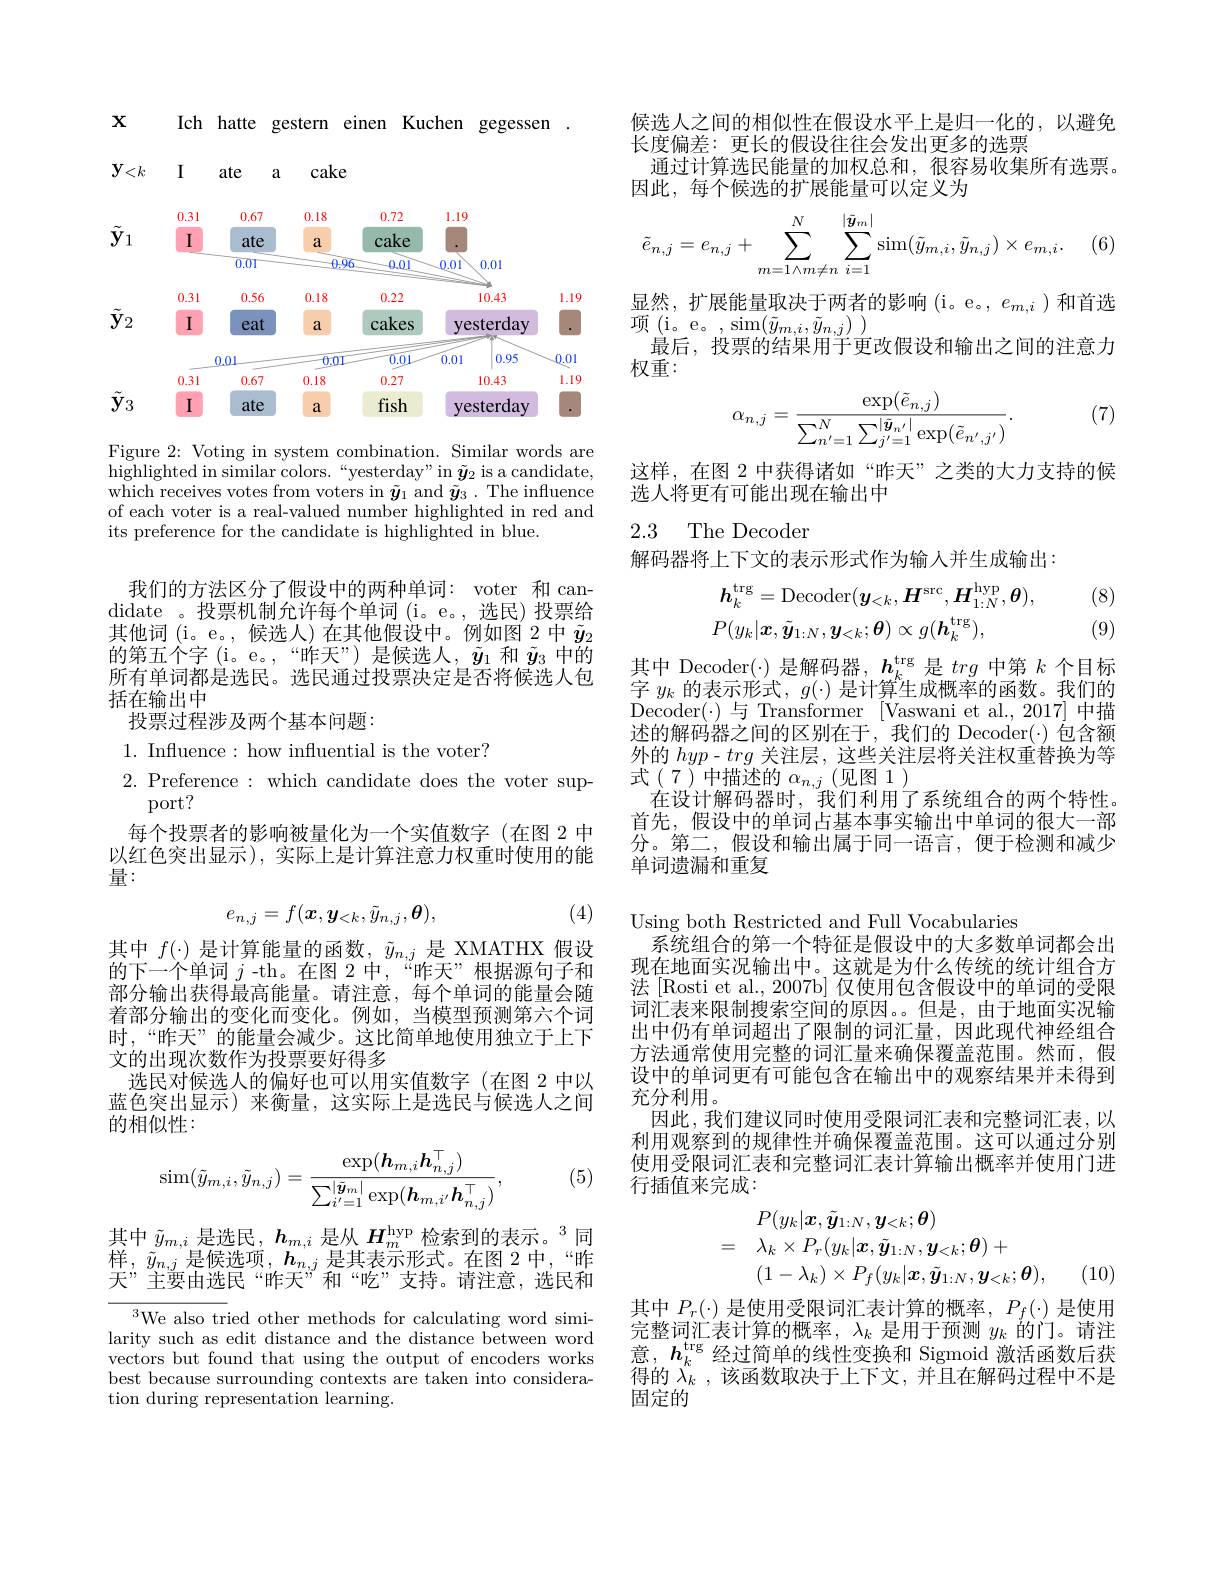
$X$
Ich hatte gestern einen Kuchen gegessen
<FigureHere>

Figure 2: Voting in system combination. Similar words are $\underset{{\mathrm{highlighted~in~similar~colors.~“yesterday"~in~}}}\tilde{\boldsymbol{y}}_{2}$ is a candidate, which receives votes from voters in $\tilde{\boldsymbol{y}}_1$ and $\tilde{\boldsymbol{y}}_3.$ The influence of each voter is a real-valued number highlighted in red and its preference for the candidate is highlighted in blue.

我们的方法区分了假设中的两种单词：voter 和 candidate 。投票机制允许每个单词(i。e。,选民)投票给其他词(i。e。,候选人)在其他假设中。例如图 2中$\tilde{y}_{2}$ 的第五个字 (i。e。,“昨天”)是候选人，$\tilde{y}_1$和$\tilde{y}_3$中的所有单词都是选民。选民通过投票决定是否将候选人包括在输出中
投票过程涉及两个基本问题：

1. Influence: how influential is the voter?

2. Preference: which candidate does the voter sup-
port?
每个投票者的影响被量化为一个实值数字(在图 2 中以红色突出显示),实际上是计算注意力权重时使用的能量：
$$e_{n,j}=f(\boldsymbol{x},\boldsymbol{y}_{<k},\tilde{y}_{n,j},\boldsymbol{\theta}),$$
(4)

其中$f(\cdot)$是计算能量的函数，$\tilde{y}_{n,j}$是 XMATHX 假设的下一个单词$j$ -th。在图 2中，“昨天”根据源句子和部分输出获得最高能量。请注意，每个单词的能量会随着部分输出的变化而变化。例如，当模型预测第六个词时，“昨天”的能量会减少。这比简单地使用独立于上下文的出现次数作为投票要好得多
选民对候选人的偏好也可以用实值数字(在图 2 中以蓝色突出显示)来衡量，这实际上是选民与候选人之间的相似性：

(5)
$$\operatorname{sim}(\tilde{y}_{m,i},\tilde{y}_{n,j})=\frac{\exp(\boldsymbol{h}_{m,i}\boldsymbol{h}_{n,j}^{\top})}{\sum_{{i'=1}}^{{|\tilde{\boldsymbol{y}}_{m}|}}\exp(\boldsymbol{h}_{m,i'}\boldsymbol{h}_{n,j}^{\top})},$$
其中$\tilde{y}_{m,i}$是选民$,\boldsymbol h_m,i$是从$\boldsymbol H_m^\mathrm{hyp}$检索到的表示。$^3$同样，$\tilde{y}_{n,j}$是候选项$,\boldsymbol h_n,j$是其表示形式。在图 2中，“昨天”主要由选民“昨天”和“吃”支持。请注意，选民和

$^{3}$We also tried other methods for calculating word similarity such as edit distance and the distance between word vectors but found that using the output of encoders works best because surrounding contexts are taken into consideration during representation learning.

候选人之间的相似性在假设水平上是归一化的，以避免
长度偏差：更长的假设往往会发出更多的选票
通过计算选民能量的加权总和，很容易收集所有选票。
因此，每个候选的扩展能量可以定义为
$$\tilde{e}_{n,j}=e_{n,j}+\sum_{m=1\wedge m\neq n}^{N}\sum_{i=1}^{|\tilde{y}_{m}|}\operatorname{sim}(\tilde{y}_{m,i},\tilde{y}_{n,j})\times e_{m,i}.$$
(6)

显然，扩展能量取决于两者的影响(i。e。,$e_m,i$)和首选
项(i。e。,sim$(\tilde{y}_{m,i},\tilde{y}_{n,j}))$
最后，投票的结果用于更改假设和输出之间的注意力
权重：
$$\alpha_{n,j}=\frac{\exp(\tilde{e}_{n,j})}{\sum_{{n'=1}}^{N}\sum_{{j'=1}}^{{|\tilde{y}_{n'}|}}\exp(\tilde{e}_{{n',j'}})}.$$
(7)

这样，在图 2 中获得诸如“昨天”之类的大力支持的候
选人将更有可能出现在输出中

## 2.3 The Decoden

解码器将上下文的表示形式作为输人并生成输出：
$$\begin{aligned}&h_{k}^{\mathrm{trg}}=\mathrm{Decoder}(\boldsymbol{y}_{<k},\boldsymbol{H}^{\mathrm{src}},\boldsymbol{H}_{1:N}^{\mathrm{hyp}},\boldsymbol{\theta}),\\&P(y_{k}|\boldsymbol{x},\tilde{\boldsymbol{y}}_{1:N},\boldsymbol{y}_{<k};\boldsymbol{\theta})\propto g(\boldsymbol{h}_{k}^{\mathrm{trg}}),\end{aligned}$$
(8)

其中 Decoder(·) 是解码器，$\boldsymbol{h}_k^\mathrm{trg}$是trg中第$k$个目标字$y_k$的表示形式，$g(\cdot)$是计算生成概率的函数。我们的Decoder($\cdot)与 Transformer [Vaswani et al.,2017] 中描$ 述的解码器之间的区别在于，我们的 Decoder(·)包含额外的$hyp-trg$关注层，这些关注层将关注权重替换为等式(7)中描述的$\alpha_n,j$(见图1)
在设计解码器时，我们利用了系统组合的两个特性。首先，假设中的单词占基本事实输出中单词的很大一部分。第二，假设和输出属于同一语言，便于检测和减少单词遗漏和重复

(9)
Using both Restricted and Full Vocabularies
系统组合的第一个特征是假设中的大多数单词都会出现在地面实况输出中。这就是为什么传统的统计组合方法 [Rosti et al., 2007b] 仅使用包含假设中的单词的受限词汇表来限制搜索空间的原因。但是，由于地面实况输出中仍有单词超出了限制的词汇量，因此现代神经组合方法通常使用完整的词汇量来确保覆盖范围。然而，假设中的单词更有可能包含在输出中的观察结果并未得到充分利用。
因此，我们建议同时使用受限词汇表和完整词汇表，以利用观察到的规律性并确保覆盖范围。这可以通过分别使用受限词汇表和完整词汇表计算输出概率并使用门进行插值来完成3
$$\begin{aligned}&P(y_{k}|\boldsymbol{x},\tilde{\boldsymbol{y}}_{1:N},\boldsymbol{y}_{<k};\boldsymbol{\theta})\\&=\quad\lambda_{k}\times P_{r}(y_{k}|\boldsymbol{x},\tilde{\boldsymbol{y}}_{1:N},\boldsymbol{y}_{<k};\boldsymbol{\theta})+\\&(1-\lambda_{k})\times P_{f}(y_{k}|\boldsymbol{x},\tilde{\boldsymbol{y}}_{1:N},\boldsymbol{y}_{<k};\boldsymbol{\theta}),\end{aligned}$$
(10)

其中$P_r(\cdot)$是使用受限词汇表计算的概率，$P_f(\cdot)$是使用完整词汇表计算的概率，$\lambda_k$是用于预测$y_k$的门。请注意，$h_k^\mathrm{trg}$经过简单的线性变换和 Sigmoid 激活函数后获得的 $\lambda _{k}$ ,该函数取决于上下文，并且在解码过程中不是固定的